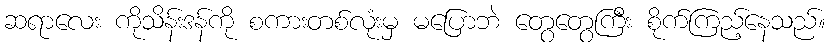
ဆရာလေး ကိုသိန်းဒန်ကို စကားတစ်လုံးမှ မပြောဘဲ တွေတွေကြီး စိုက်ကြည့်နေသည်။